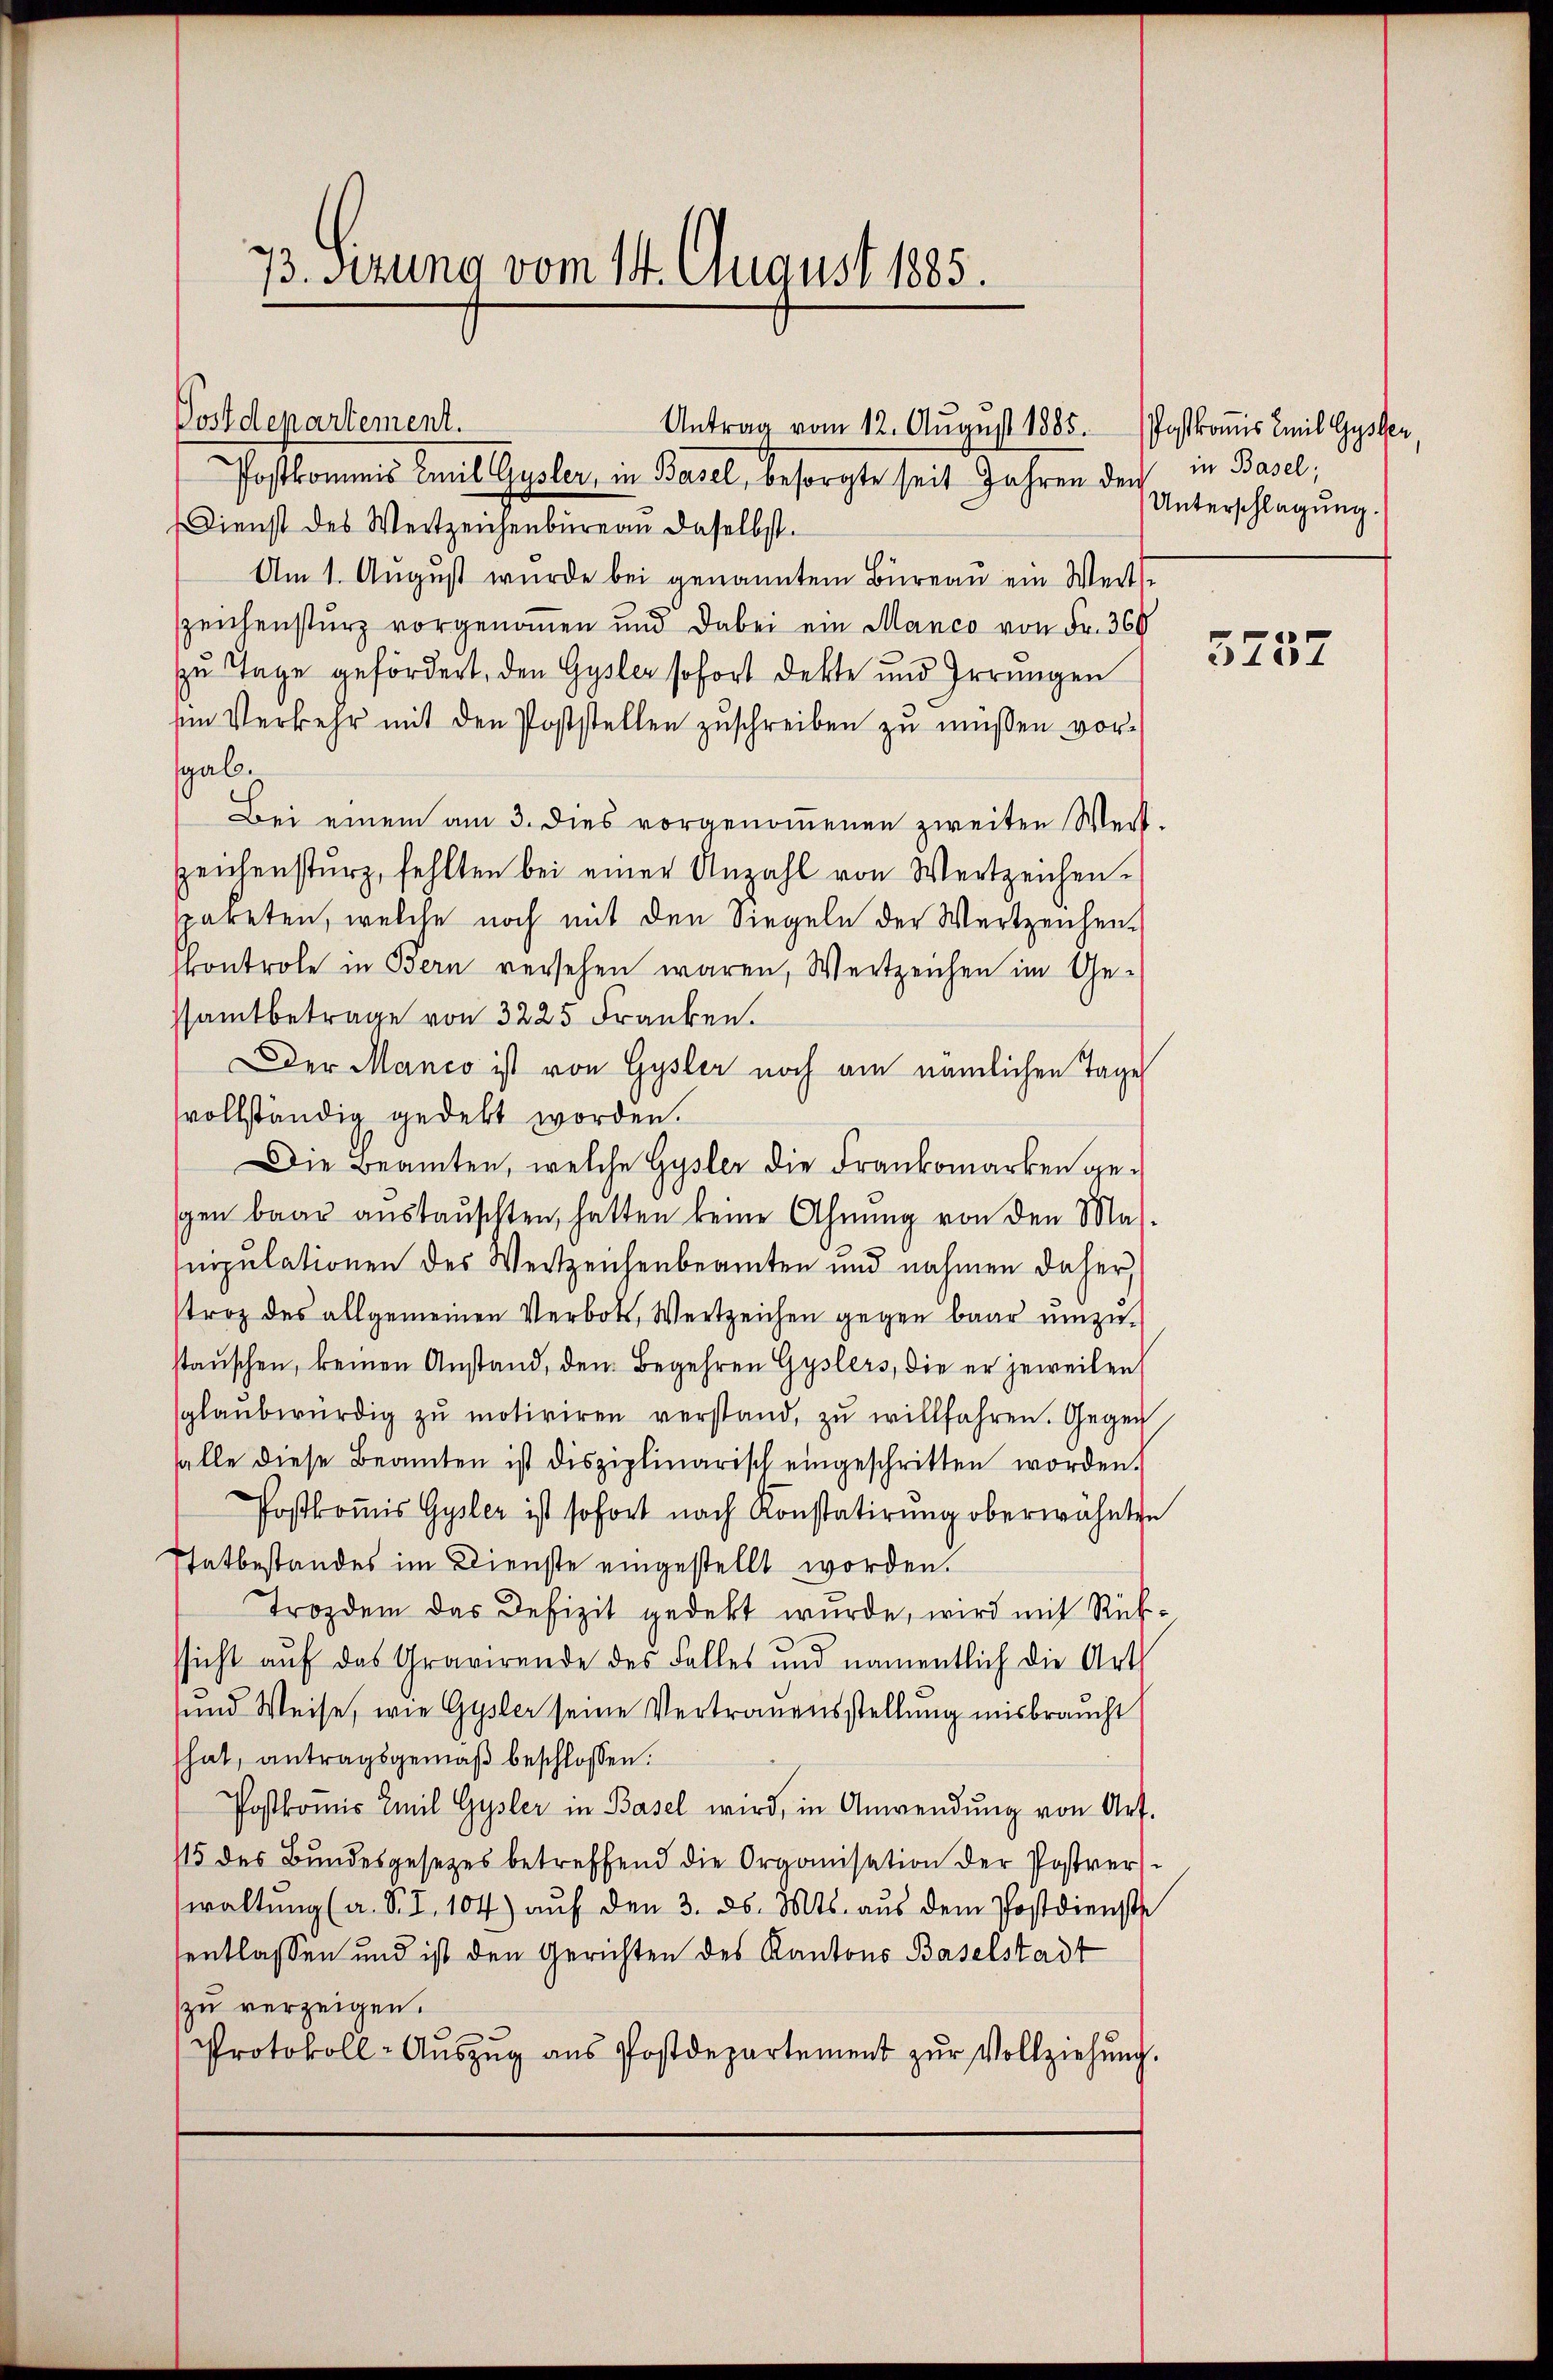
73. Sitzung vom 14. August 1885.

Postdepartement.
Postkommnis Emil Gysler, in Basel, besorgte seit Jahren der in Basel,
Dienst des Wertzeichenbüreau daselbst.
Am 1. August wurde bei genanntem Büreau ein Weite
zeichensturz vorgenommen und dabei ein Manco von Fr. 369
zu Tage gefördert, den Gysler sofort dekte und Irrungen
em Verkehr mit den Poststellen zŭschreiben zŭ müssen vor-
sgab.
Bei einem am 3. dies vorgenoṁenen zweiten Wert-
Zeichensturz, fehlten bei einer Anzahl von Wertzeichen-
spaketen, welche noch mit den Siegeln der Wertzeichen.
skontrole in Bern versehen waren, Wertzeichen im Ge-
samtbetrage von 3225 Franken.
Der Manco ist von Gysler noch am nämlichen Tage
vollständig gedekt worden.
Die Beamten, welche Gysler die Frankomarken geschen baar aŭstaŭschten, hatten keine Ahnung von den Mas
nipulationen des Weitzeichenbeamten und nahmen daher,
stroz des allgemeinen Verbots, Wertzeichen gegen baar umzustaŭschen, keinen Anstand, den Begehren Gyslers, die er jeweilen
sglaubwürdig zŭ motiviren verstand, zŭ willfahren. Gegen
falle diese Beamten ist disziplinarisch eingeschritten worden.
Postkommis Gysler ist sofort nach Konstatirung oberwähnten
Thatbestandes im Dienste eingestellt worden.
Trozdem das Defizit gedekt wurde, wird mit Rükssicht auf das Gravirende des Falles und namentlich die Art
und Weise, wie Gysler seine Vertrauensstellung misbraucht
hat, antragsgemäβ beschlossen.
Postkoṁis Emil Gysler in Basel wird, in Anwendŭng von Art.
115 des Bundesgesetzes betreffend die Organisation der Postvers
waltung (a. S. I. 104) auf den 3. ds. Mts. aus dem Postdienst
entlassen und ist den Gerichten des Kantons Baselstadt
zu verzeigen.
Protokoll-Aŭszŭg aŭs Postdepartement zŭr Vollziehŭng.

Antrag vom 12. August 1885. Postkomis Emil Gysen

Unterschlagung.

5237